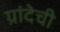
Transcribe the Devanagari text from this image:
ग्रांदेची